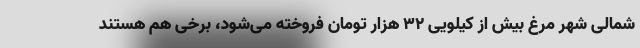
شمالی شهر مرغ بیش از کیلویی ۳۲ هزار تومان فروخته می‌شود، برخی هم هستند